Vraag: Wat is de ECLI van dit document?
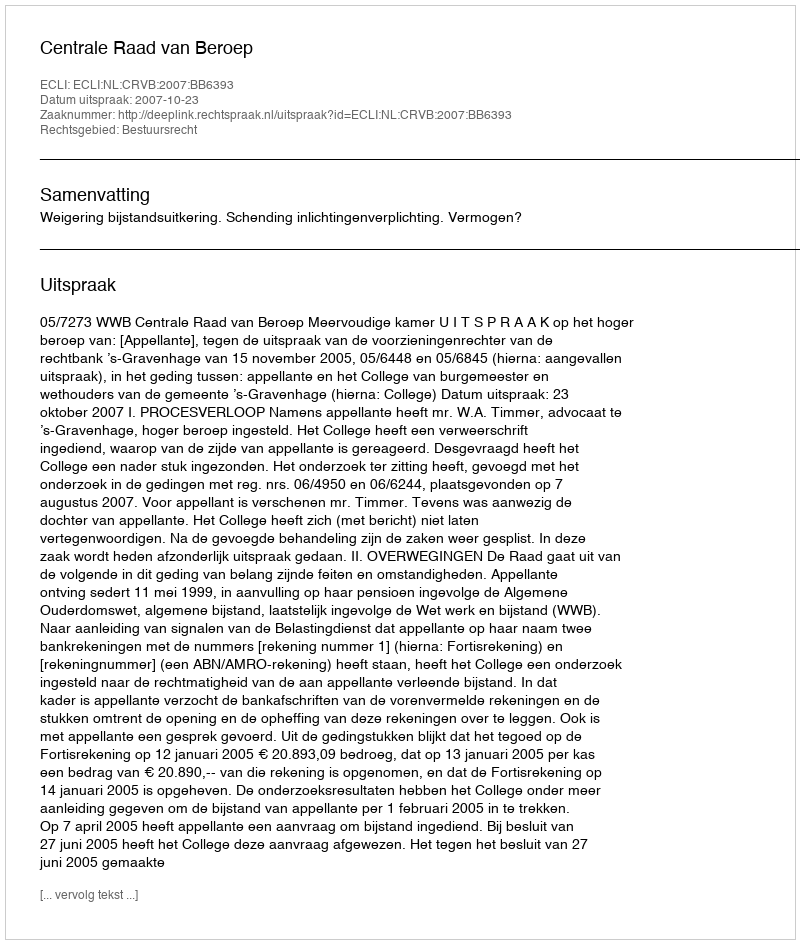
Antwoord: ECLI:NL:CRVB:2007:BB6393